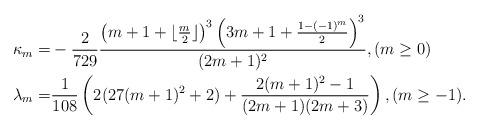
LaTeX: \begin{align*}\kappa_m=&-\frac{2}{729}\frac{\left(m+1+\lfloor\frac{m}{2}\rfloor\right)^3\left(3 m+1+\frac{1-(-1)^m}{2}\right)^3}{(2m+1)^2},(m\ge 0)\\\lambda_m=&\frac{1}{108}\left(2(27 (m+1)^2+2)+\frac{2 (m+1)^2-1}{(2m+1)(2m+3)}\right),(m\ge -1).\end{align*}